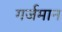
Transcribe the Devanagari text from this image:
गर्जमान